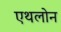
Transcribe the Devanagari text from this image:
एथलोन